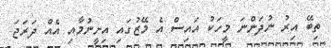
ތިބޭ އިރު ނުދަންނަ މީހަކު އައިސް އެ މޭޒުގައި އިށީނުމާއި އެއް ދަރަޖަ